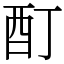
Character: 酊